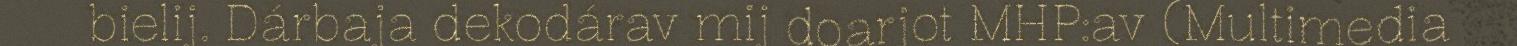
bielij. Dárbaja dekodárav mij doarjot MHP:av (Multimedia